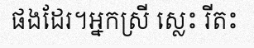
ផងដែរ។អ្នកស្រី ស្លេះ រីតះ